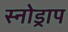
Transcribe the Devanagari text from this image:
स्नोड्राप